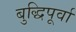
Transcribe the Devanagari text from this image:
बुद्धिपूर्वा